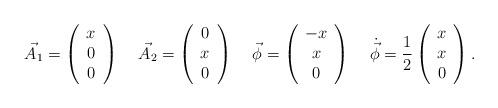
LaTeX: \begin{align*}\vec{A_{1}}=\left( \begin{array}{c} x \\ 0\\0 \end{array}\right) \;\;\;\;\vec{A_{2}}=\left( \begin{array}{c} 0\\x\\0 \end{array}\right) \;\;\;\;\vec{\phi}=\left( \begin{array}{c} -x\\x\\0 \end{array} \right) \; \;\;\;\dot{\vec{\phi}}=\frac{1}{2}\left(\begin{array}{c}x\\ x \\ 0 \end{array}\right) .\end{align*}